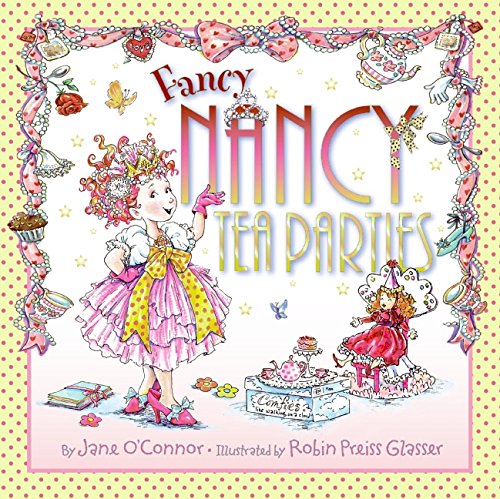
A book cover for Fancy Nancy: Tea Parties; Jane O'Connor; Children's Books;